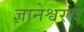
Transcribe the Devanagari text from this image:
ज्ञानेश्वरचे